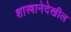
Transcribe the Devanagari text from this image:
शास्त्रानेदेखील